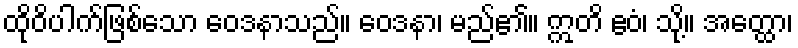
ထိုဝိပါက်ဖြစ်သော ဝေဒနာသည်။ ဝေဒနာ၊ မည်၏။ ဣတိ ဧဝံ၊ သို့။ အတ္ထော၊